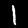
Label: 1